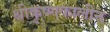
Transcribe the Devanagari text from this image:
श्रीकृष्णकालीन